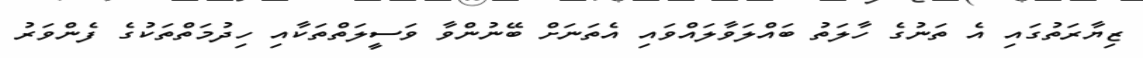
ޒިޔާރަތުގައި އެ ތަނުގެ ހާލަތު ބައްލަވާލައްވައި އެތަނަށް ބޭނުންވާ ވަސީލަތްތަކާއި ހިދުމަތްތަކުގެ ފެންވަރު